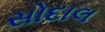
સોદાલ